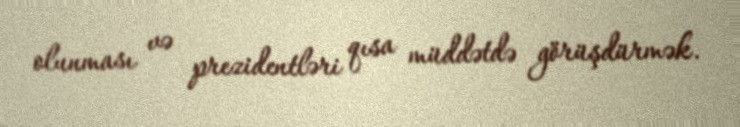
olunması və prezidentləri qısa müddətdə görüşdürmək.